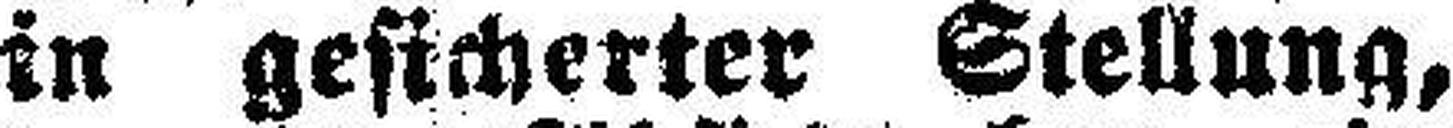
in gesicherter Stellung,